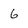
Character: 6